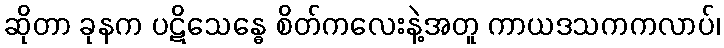
ဆိုတာ ခုနက ပဋိသေန္ဓေ စိတ်ကလေးနဲ့အတူ ကာယဒသကကလာပ်၊